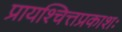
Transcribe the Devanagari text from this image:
प्रायश्चित्तप्रकाशः